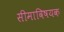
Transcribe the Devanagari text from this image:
सीमाविषयक